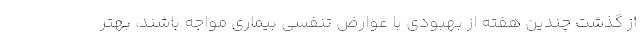
از گذشت چندین هفته از بهبودی با عوارض تنفسی بیماری مواجه باشند، بهتر